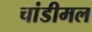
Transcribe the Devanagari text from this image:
चांडीमल